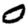
Digit: 0